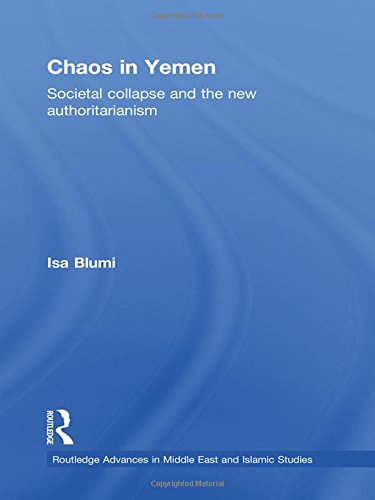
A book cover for Chaos in Yemen: Societal Collapse and the New Authoritarianism (Routledge Advances in Middle East and Islamic Studies); Isa Blumi; History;